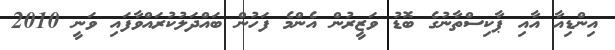
އިންޑިއާ އާއި ޕާކިސްތާނުގެ ބޮޑު ވަޒީރުން އެންމެ ފަހުން ބައްދަލުކުރައްވާފައި ވަނީ 2010